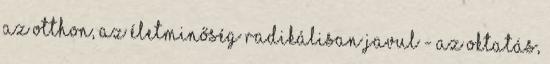
az otthon, az életminőség radikálisan javul - az oktatás,